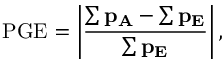
\mathrm { P G E } = \left| \frac { \mathbf { \sum p _ { A } - \sum p _ { E } } } { \mathbf { \sum p _ { E } } } \right| ,